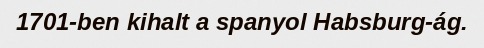
1701-ben kihalt a spanyol Habsburg-ág.